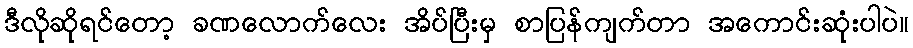
ဒီလိုဆိုရင်တော့ ခဏလောက်လေး အိပ်ပြီးမှ စာပြန်ကျက်တာ အကောင်းဆုံးပါပဲ။